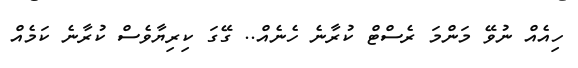
ހިއެއް ނުވޭ މަންމަ ރެސްޓް ކުރާނެ ހެނެއް.. ގޭގަ ކިރިޔާވެސް ކުރާނެ ކަމެއް